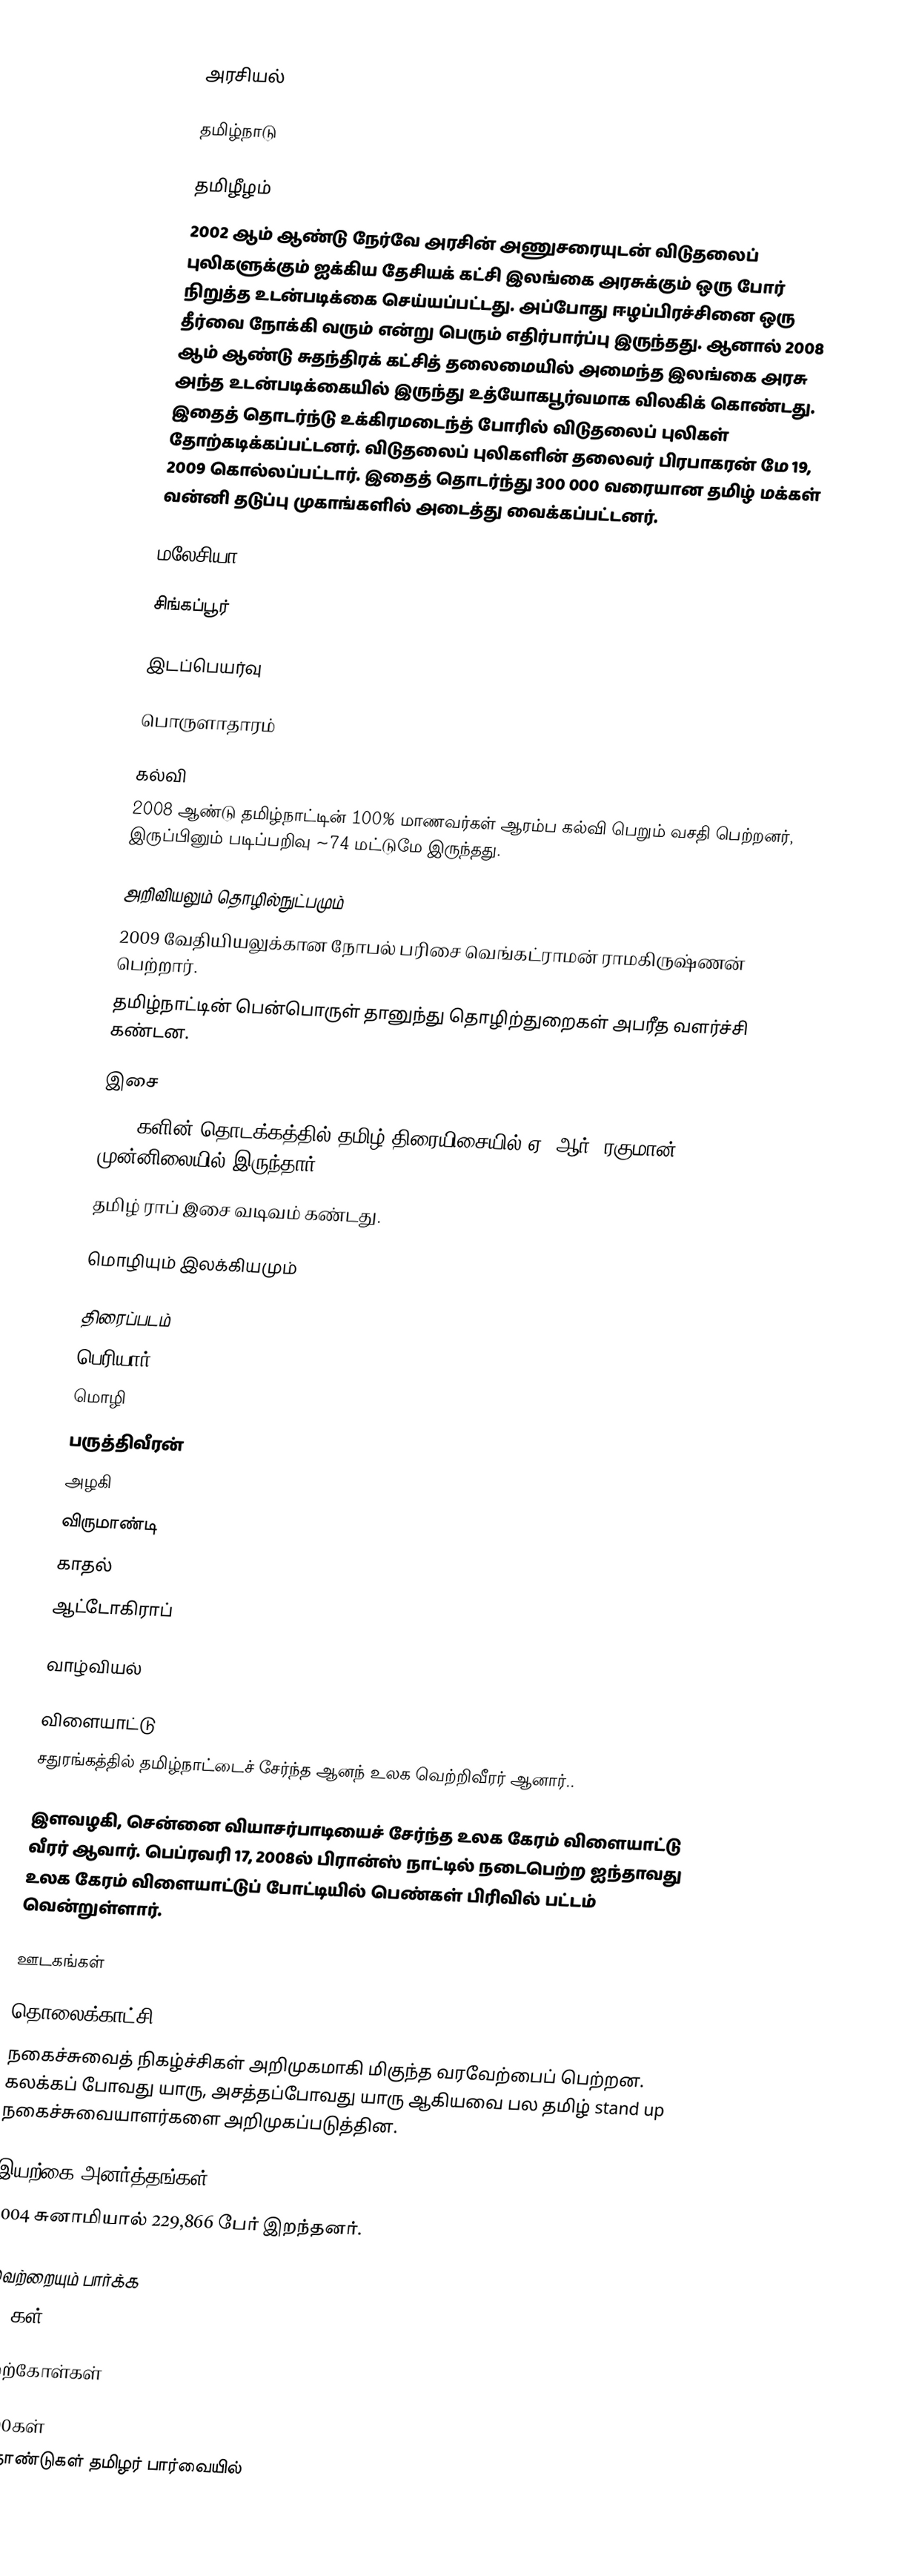

அரசியல்

தமிழ்நாடு

தமிழீழம்
2002 ஆம் ஆண்டு நேர்வே அரசின் அணுசரையுடன் விடுதலைப் புலிகளுக்கும் ஐக்கிய தேசியக் கட்சி இலங்கை அரசுக்கும் ஒரு போர் நிறுத்த உடன்படிக்கை செய்யப்பட்டது. அப்போது ஈழப்பிரச்சினை ஒரு தீர்வை நோக்கி வரும் என்று பெரும் எதிர்பார்ப்பு இருந்தது. ஆனால் 2008 ஆம் ஆண்டு சுதந்திரக் கட்சித் தலைமையில் அமைந்த இலங்கை அரசு அந்த உடன்படிக்கையில் இருந்து உத்யோகபூர்வமாக விலகிக் கொண்டது.  இதைத் தொடர்ந்டு உக்கிரமடைந்த் போரில் விடுதலைப் புலிகள் தோற்கடிக்கப்பட்டனர்.  விடுதலைப் புலிகளின் தலைவர் பிரபாகரன் மே 19, 2009 கொல்லப்பட்டார்.  இதைத் தொடர்ந்து 300 000 வரையான தமிழ் மக்கள் வன்னி தடுப்பு முகாங்களில் அடைத்து வைக்கப்பட்டனர்.

மலேசியா

சிங்கப்பூர்

இடப்பெயர்வு

பொருளாதாரம்

கல்வி
2008 ஆண்டு தமிழ்நாட்டின் 100% மாணவர்கள் ஆரம்ப கல்வி பெறும் வசதி பெற்றனர், இருப்பினும் படிப்பறிவு ~74 மட்டுமே இருந்தது.

அறிவியலும் தொழில்நுட்பமும்
 2009 வேதியியலுக்கான நோபல் பரிசை வெங்கட்ராமன் ராமகிருஷ்ணன் பெற்றார்.
 தமிழ்நாட்டின் பென்பொருள் தானுந்து தொழிற்துறைகள் அபரீத வளர்ச்சி கண்டன.

இசை
2000 களின் தொடக்கத்தில் தமிழ் திரையிசையில் ஏ. ஆர். ரகுமான் முன்னிலையில் இருந்தார்.
தமிழ் ராப் இசை வடிவம் கண்டது.

மொழியும் இலக்கியமும்

திரைப்படம்
 பெரியார்
 மொழி
 பருத்திவீரன்
 அழகி
 விருமாண்டி
 காதல்
 ஆட்டோகிராப்

வாழ்வியல்

விளையாட்டு
சதுரங்கத்தில் தமிழ்நாட்டைச் சேர்ந்த ஆனந் உலக வெற்றிவீரர் ஆனார்..

இளவழகி, சென்னை வியாசர்பாடியைச் சேர்ந்த உலக கேரம் விளையாட்டு வீரர் ஆவார். பெப்ரவரி 17, 2008ல் பிரான்ஸ் நாட்டில் நடைபெற்ற ஐந்தாவது உலக கேரம் விளையாட்டுப் போட்டியில் பெண்கள் பிரிவில் பட்டம் வென்றுள்ளார்.

ஊடகங்கள்

தொலைக்காட்சி
நகைச்சுவைத் நிகழ்ச்சிகள் அறிமுகமாகி மிகுந்த வரவேற்பைப் பெற்றன. கலக்கப் போவது யாரு, அசத்தப்போவது யாரு ஆகியவை பல தமிழ் stand up நகைச்சுவையாளர்களை அறிமுகப்படுத்தின.

இயற்கை அனர்த்தங்கள்
 2004 சுனாமியால்  229,866 பேர் இறந்தனர்.

இவற்றையும் பார்க்க
2000கள்

மேற்கோள்கள்

2000கள்
பத்தாண்டுகள் தமிழர் பார்வையில்